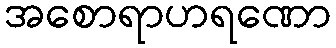
အစောရာဟရဏော